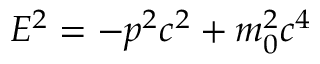
E ^ { 2 } = - p ^ { 2 } c ^ { 2 } + m _ { 0 } ^ { 2 } c ^ { 4 }